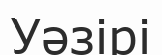
Уәзірі